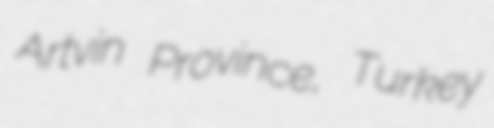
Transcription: Artvin Province, Turkey